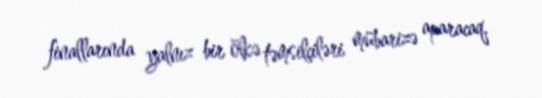
finallarında yalnız bir ölkə təmsilçiləri mübarizə aparacaq.